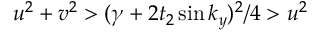
u ^ { 2 } + v ^ { 2 } > ( \gamma + 2 t _ { 2 } \sin k _ { y } ) ^ { 2 } / 4 > u ^ { 2 }